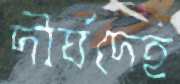
দীর্ঘদেহ